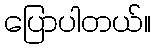
ပြောပါတယ်။